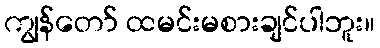
ကျွန်တော် ထမင်းမစားချင်ပါဘူး။